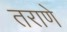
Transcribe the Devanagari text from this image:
तराणे